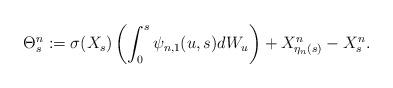
LaTeX: \begin{align*} \Theta^n_s :=\sigma(X_s) \left( \int_0^s \psi_{n,1}(u,s) dW_u \right) + X^n_{\eta_n(s)} - X^n_s. \end{align*}